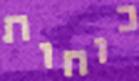
כוחות